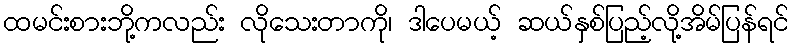
ထမင်းစားဘို့ကလည်း လိုသေးတာကို၊ ဒါပေမယ့် ဆယ်နှစ်ပြည့်လို့အိမ်ပြန်ရင်